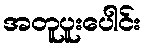
အတူပူးပေါင်း